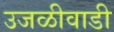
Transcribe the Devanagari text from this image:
उजळीवाडी